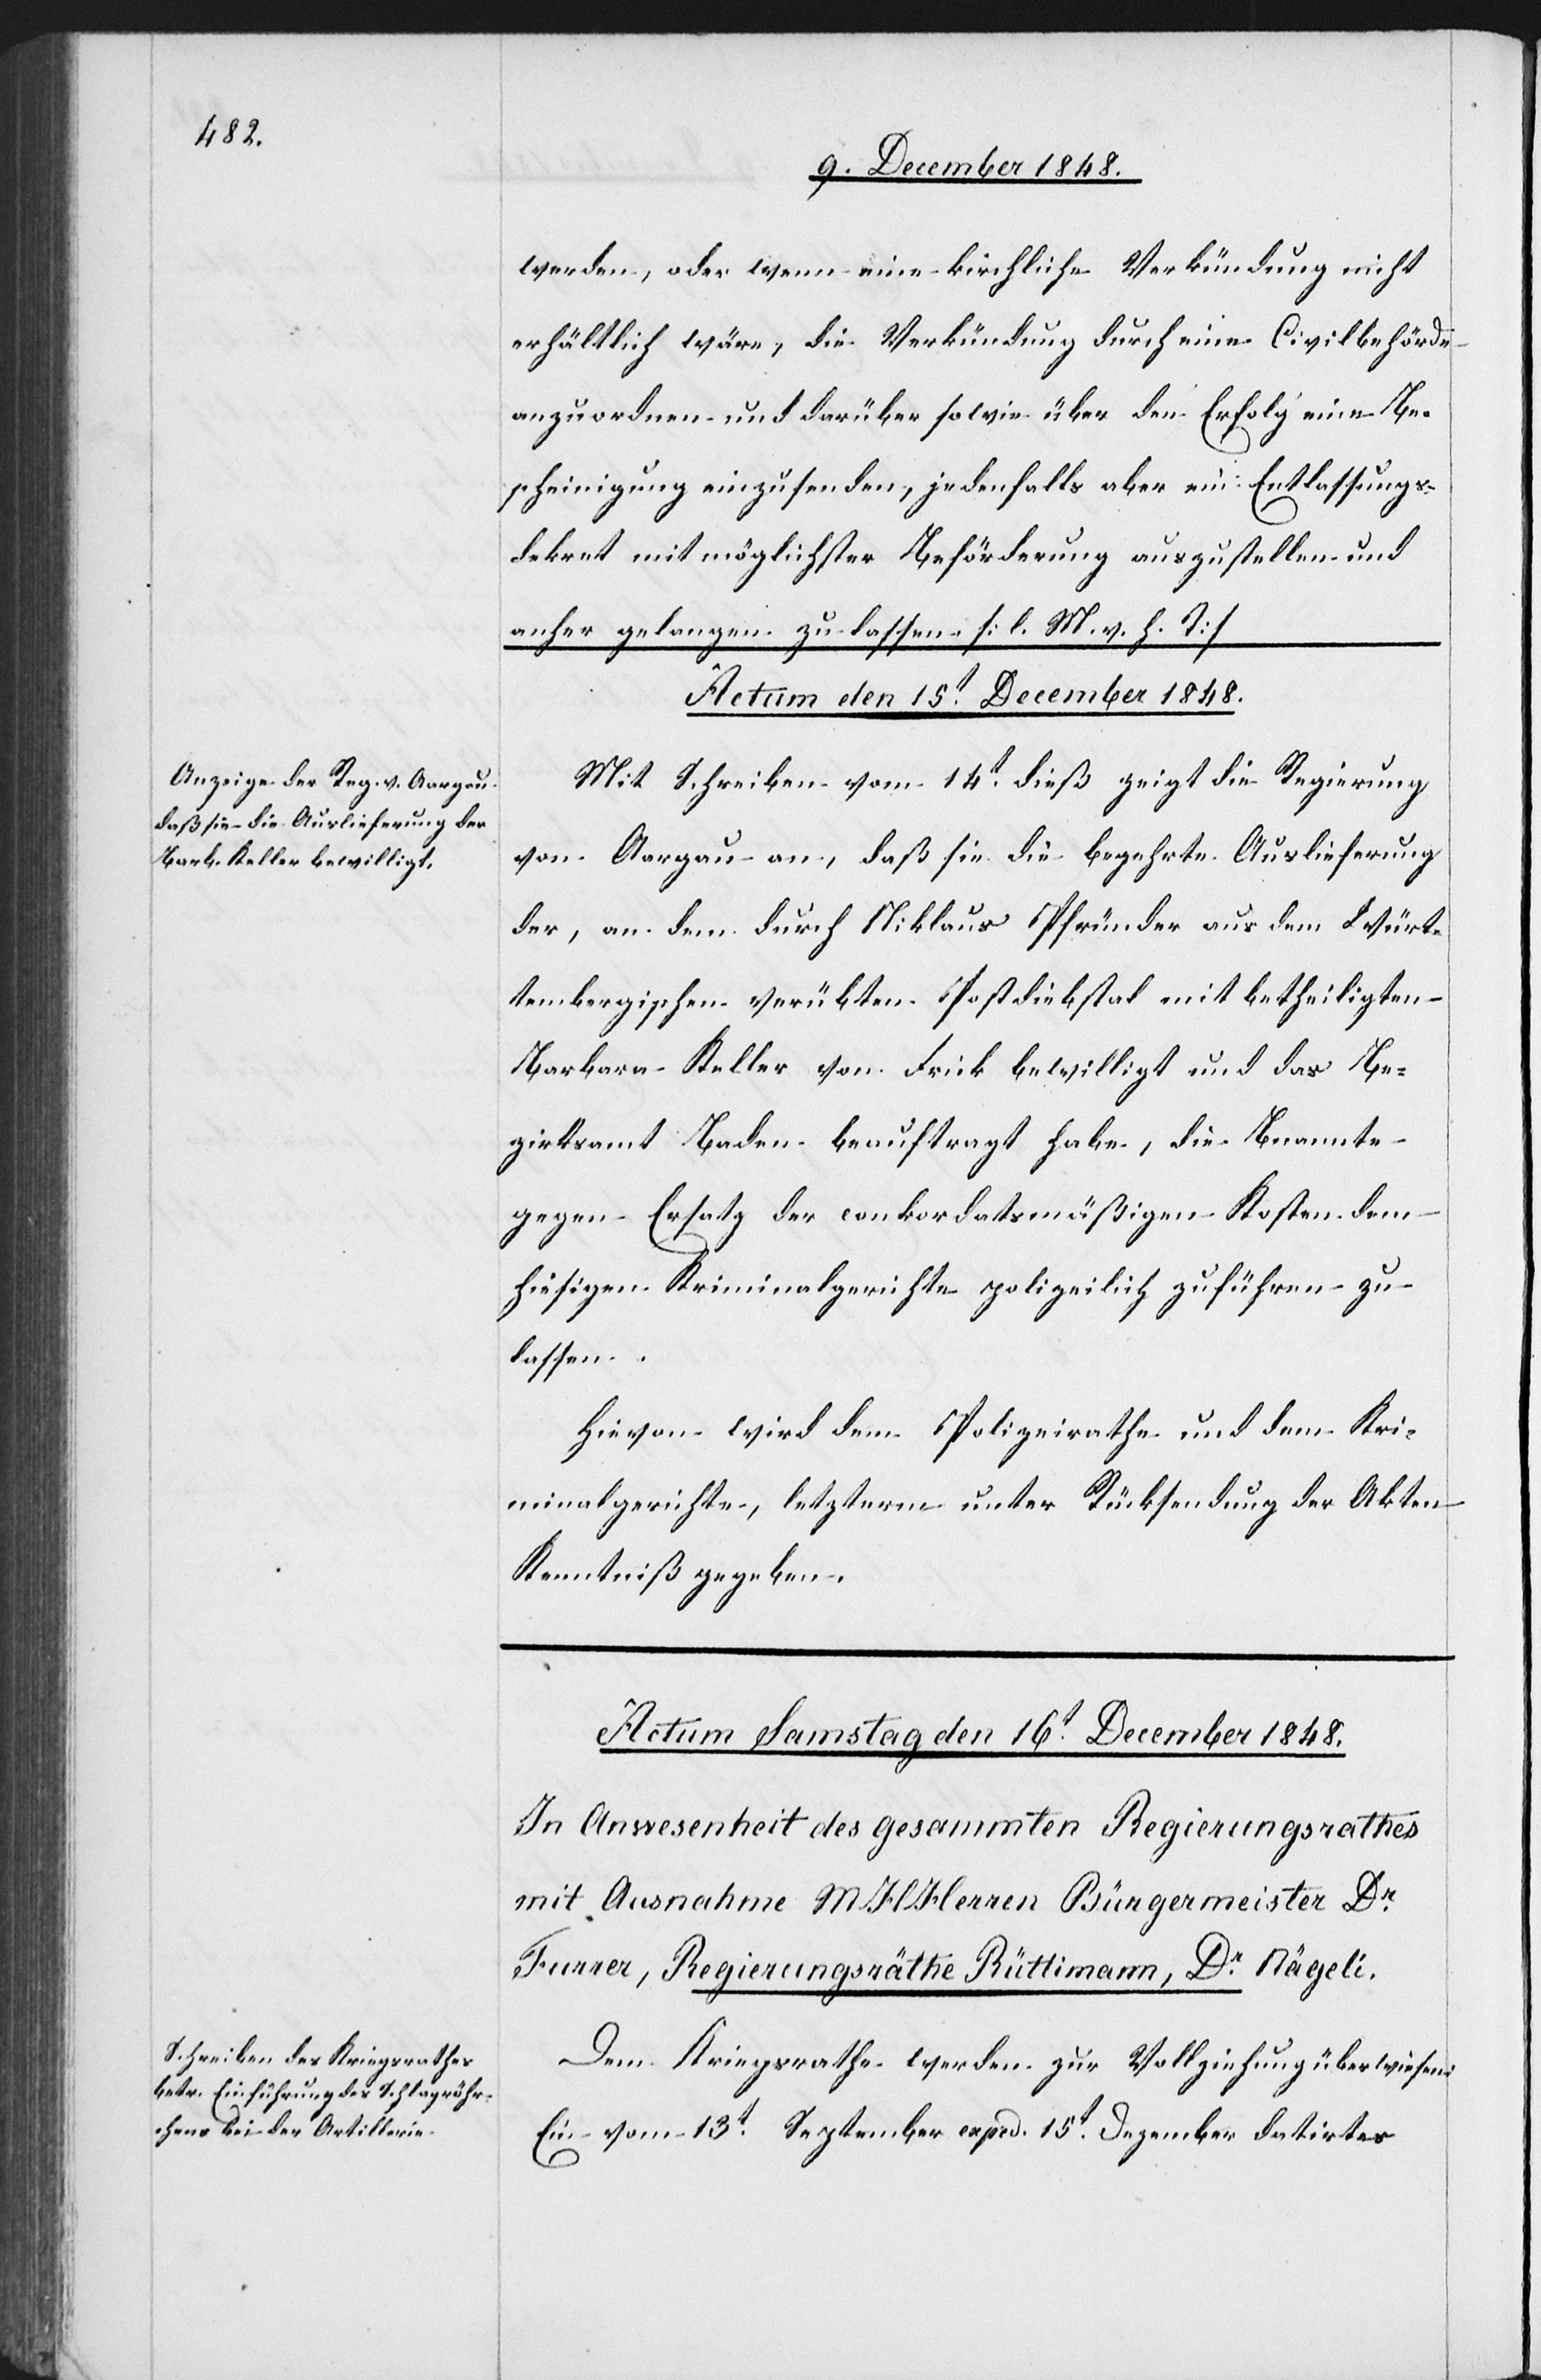
werden, oder wenn eine kirchliche Verkündung nicht
erhältlich wäre, die Verkündung durch eine Civilbehörde
anzuordnen und darüber sowie über den Erfolg eine Be¬
scheinigung einzusenden, jedenfalls aber ein Entlassungs¬
dekret mit möglichster Beförderung auszustellen und
anher gelangen zu lassen. [l. M. v. h. T]
Actum den 15t December 1848.
Mit Schreiben vom 14t dieß zeigt die Regierung
von Aargau an, daß sie die begehrte Auslieferung
der, an dem durch Niklaus Pfründer aus dem Würt¬
tembergischen verübten Postdiebstal mit betheiligten
Barbara Keller von Frick bewilligt und das Be¬
zirksamt Baden beauftragt habe, die B[e]nannte
gegen Ersatz der conkordatsmäßigen Kosten dem
hiesigen Kriminalgerichte polizeilich zuführen zu
lassen.
Hievon wird dem Polizeirathe und dem Kri¬
minalgerichte, letzterm unter Rücksendung der Akten
Kenntniß gegeben.
Dem Kriegsrathe werden zur Vollziehung überwiesen:
Ein vom 13t September exped. 15t Dezember datirtes